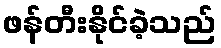
ဖန်တီးနိုင်ခဲ့သည်